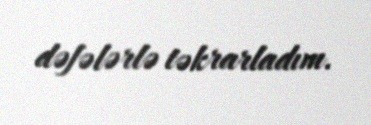
dəfələrlə təkrarladım.